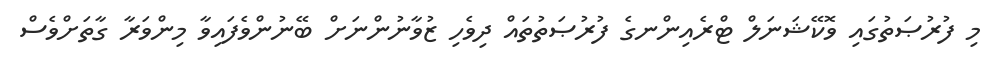
މި ފުުރުޞަތުގައި ވޮކޭޝަނަލް ޓްރެއިންނގެ ފުރުޞަތުތައް ދިވެހި ޒުވާނުންނަށް ބޭނުންވެފައިވާ މިންވަރާ ގާތަށްވެސް